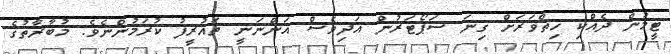
ޓީމުން ދެއްކި ހިތްވަރަށް ގިނަ ސަޕޯޓަރުން އަދިވެސް އަންނަނީ ތައުރީފު ކުރަމުންނެވެ. މުބާރާތުގެ